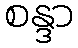
စန္ဒာ